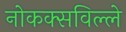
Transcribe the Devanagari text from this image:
नोकक्सविल्ले